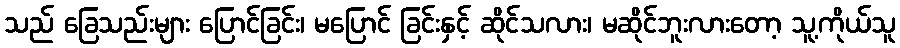
သည် ခြေသည်းများ ပြောင်ခြင်း၊ မပြောင် ခြင်းနှင့် ဆိုင်သလား၊ မဆိုင်ဘူးလားတော့ သူ့ကိုယ်သူ